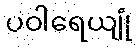
ပဝါရေယျုံ